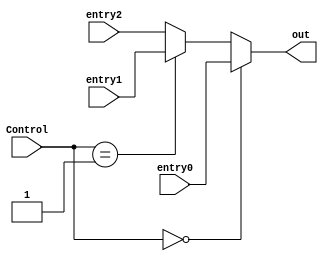

module muxStore (input wire [31:0] entry0, entry1, entry2, input wire [1:0] Control, output wire [31:0] out);

    assign out = (Control == 2'b00) ? entry0:
                 (Control == 2'b01) ? entry1:
                 entry2;

endmodule